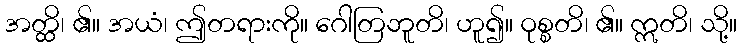
အတ္ထိ၊ ၏။ အယံ၊ ဤတရားကို။ ဂေါတြဘူတိ၊ ဟူ၍။ ဝုစ္စတိ၊ ၏။ ဣတိ၊ သို့။